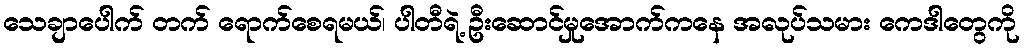
သေချာပေါက် တက် ရောက်စေရမယ်၊ ပါတီရဲ့ ဦးဆောင်မှုအောက်ကနေ အလုပ်သမား ကေဒါတွေကို